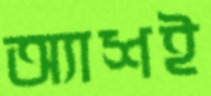
অ্যাশই